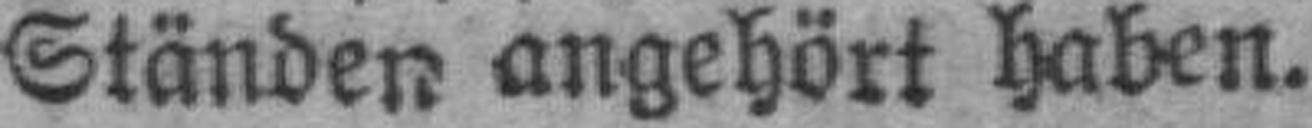
Ständen angehört haben.